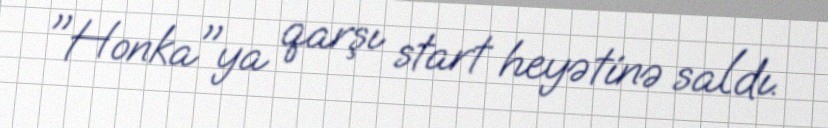
"Honka"ya qarşı start heyətinə saldı.